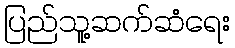
ပြည်သူ့ဆက်ဆံရေး